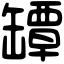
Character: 罈